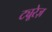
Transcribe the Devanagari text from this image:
ट्यूरेज़